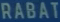
RABAT